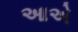
આએ